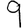
Digit: 9